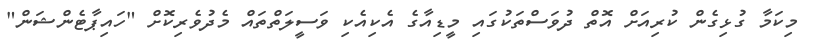
މިކަމާ ގުޅިގެން ކުރިއަށް އޮތް ދުވަސްތަކުގައި މީޑިއާގެ އެކިއެކި ވަސީލަތްތައް މެދުވެރިކޮށް "ހައިޕާޓެންޝަން"